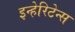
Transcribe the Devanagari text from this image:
इन्हेरिटेन्स